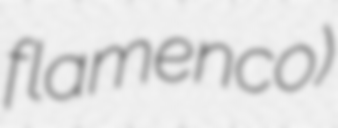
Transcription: flamenco)